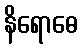
နိရောဓေ